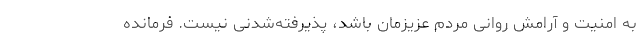
به امنیت و آرامش روانی مردم عزیزمان باشد، پذیرفته‌شدنی نیست. فرمانده